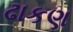
ઢાકણ